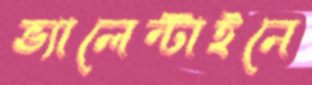
ভ্যালেন্টাইনে